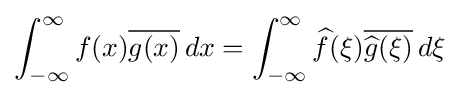
\int _{-\infty }^{\infty }f(x){\overline {g(x)}}\,dx=\int _{-\infty }^{\infty }{\widehat {f}}(\xi ){\overline {{\widehat {g}}(\xi )}}\,d\xi